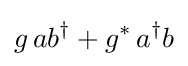
g\,ab^{\dagger }+g^{*}\,a^{\dagger }b